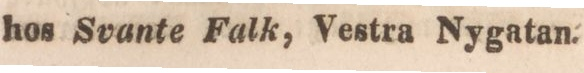
hos Svante Falk, Vestra Nygatan.